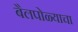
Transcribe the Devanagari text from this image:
बैलपोळ्याचा